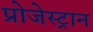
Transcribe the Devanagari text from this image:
प्रोजेस्ट्रान